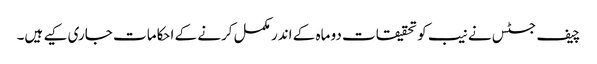
چیف جسٹس نے نیب کو تحقیقات دو ماہ کے اندر مکمل کرنے کے احکامات جاری کیے ہیں۔